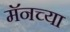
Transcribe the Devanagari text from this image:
मॅनच्या